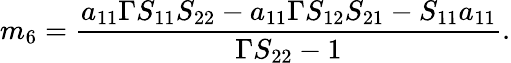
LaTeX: m_{6}=\frac{a_{11}\Gamma S_{11}S_{22}-a_{11}\Gamma S_{12}S_{21}-S_{11}a_{11}}{\Gamma S_{22}-1}.